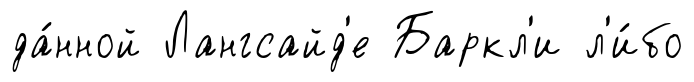
да́нной Лангсайд'е Баркл'и л'и́бо